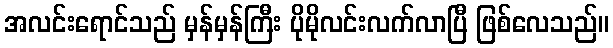
အလင်းရောင်သည် မှန်မှန်ကြီး ပိုမိုလင်းလက်လာပြီ ဖြစ်လေသည်။